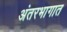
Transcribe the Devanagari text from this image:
अंतरभागात